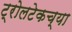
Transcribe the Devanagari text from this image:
ट्रोलटेकच्या